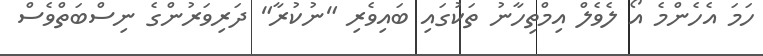
ހަމަ އެހެންމެ އޯ ލެވެލް އިމްތިހާނު ތަކުގައި ބައިވެރި "ނުކުރާ" ދަރިވަރުންގެ ނިސްބަތްވެސް